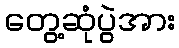
တွေ့ဆုံပွဲအား